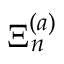
\Xi _ { n } ^ { ( a ) }